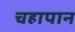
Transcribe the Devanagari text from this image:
चहापान